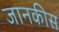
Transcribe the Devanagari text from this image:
जानकीस